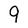
Character: 9